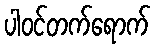
ပါဝင်တက်ရောက်